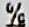
%